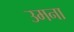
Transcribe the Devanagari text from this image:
उमना